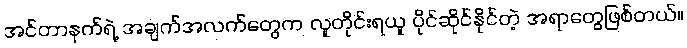
အင်တာနက်ရဲ့ အချက်အလက်တွေက လူတိုင်းရယူ ပိုင်ဆိုင်နိုင်တဲ့ အရာတွေဖြစ်တယ်။